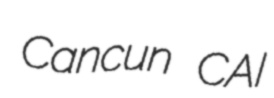
Cancun CAI